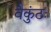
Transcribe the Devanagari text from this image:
वैकुंठः